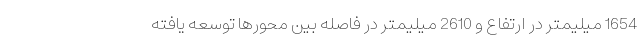
1654 میلیمتر در ارتفاع و 2610 میلیمتر در فاصله بین محورها توسعه یافته